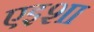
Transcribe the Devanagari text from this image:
एइशा